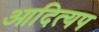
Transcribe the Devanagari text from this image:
आदित्यप